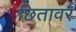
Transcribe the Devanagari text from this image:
छितावर